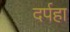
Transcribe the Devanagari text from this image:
दर्पहा